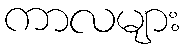
ကာလများ